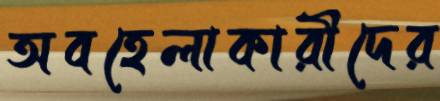
অবহেলাকারীদের